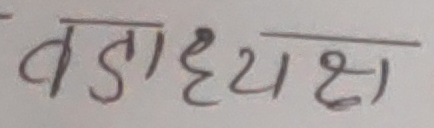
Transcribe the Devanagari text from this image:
वडाध्यक्ष